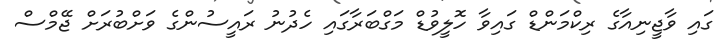
ގައި ވާޖީނިއާގެ ރިކްމަންޑް ގައިވާ ހޮލީވުޑް މަގްބަރާގައި ހެދުނު ރައީސުންގެ ވަށްބުރަށް ޖޭމްސް